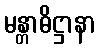
မန္တာဓိဋ္ဌာနာ